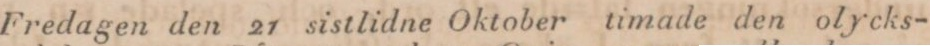
Fredagen den 21 sistlidne Oktober timade den olycks-